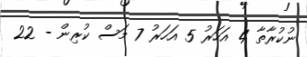
ނުކުރާތާ 4 އަހަރު 5 އަހަރު 7 މަސް ކުރިން - 22